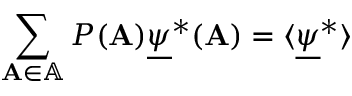
\sum _ { \mathbf { A } \in \mathbb { A } } P ( \mathbf { A } ) \underline { { \psi } } ^ { * } ( \mathbf { A } ) = \langle \underline { { \psi } } ^ { * } \rangle